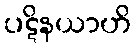
ပဋိနယာဟိ